Lunatic asylums in Bengal annual reports 1912-1924 - 1912-1924
Year: 1912
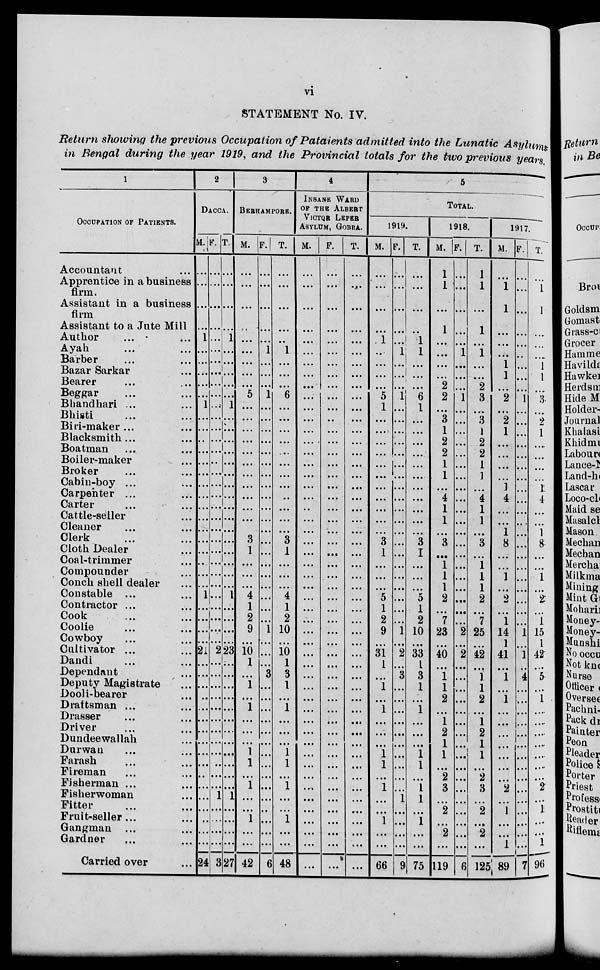
vi
STATEMENT No. IV.
Return showing the previous Occupation of Pataients admitted into the Lunatic Asylums
in Bengal during the year 1919, and the Provincial totals for the two previous years.
1
OCCUPATION OF PATIENTS.
Accountant ...
Apprentice in a business
firm.
Assistant in a business
firm
Assistant to a Jute Mill
Author ... ...
Ayah ... ...
Barber ... ...
Bazar Sarkar ...
Bearer ... ...
Beggar ... ...
Bhandhari ... ...
Bhisti ... ...
Biri-maker ... ...
Blacksmith
...
...
Boatman ... ...
Boiler-maker ...
Broker ... ...
Cabin-boy ... ...
Carpenter ... ...
Carter ... ...
Cattle-seller ...
Cleaner ... ...
Clerk ... ...
Cloth Dealer ...
Coal-trimmer ...
Compounder ...
Conch shell dealer ...
Constable ... ...
Contractor ... ...
Cook ... ...
Coolie ... ...
Cowboy ... ...
Cultivator ... ...
Dandi ... ...
Dependant ...
Deputy Magistrate ...
Dooli-bearer ...
Draftsman ... ...
Drasser ... ...
Driver ... ...
Dundee wallah ...
Durwan ... ...
Farash ... ...
Fireman ... ...
Fisherman ... ...
Fisherwoman ...
Fitter ... ...
Fruit-seller ... ...
Gangman ... ...
Gardner ... ...
Carried over ...
2
DACCA.
M.
...
...
...
...
1
...
...
...
...
...
1
...
...
...
...
...
...
...
...
...
...
...
...
...
...
...
...
1
...
...
...
...
21
...
...
...
...
...
...
...
...
...
...
...
...
...
...
...
...
...
24
F.
...
...
...
...
...
...
...
...
...
...
...
...
...
...
...
...
...
...
...
...
...
...
...
...
...
...
...
...
...
...
...
...
2
...
...
...
...
...
...
...
...
...
...
...
...
1
...
...
...
...
3
T.
...
...
...
...
1
...
...
...
...
...
1
...
...
...
...
...
...
...
...
...
...
...
...
...
...
...
...
1
...
...
...
...
23
...
...
...
...
...
...
...
...
...
...
...
...
1
...
...
...
...
27
3
BERHAMPORE.
M.
...
...
...
...
...
...
...
...
...
5
...
...
...
...
...
...
...
...
...
...
...
...
3
1
...
...
...
4
1
2
9
...
10
1
...
1
...
1
...
...
...
1
1
...
1
...
...
1
...
...
42
F.
...
...
...
...
...
1
...
...
...
1
...
...
...
...
...
...
...
...
...
...
...
...
...
...
...
...
...
...
...
...
1
...
...
...
3
...
...
...
...
...
...
...
...
...
...
...
...
...
...
...
6
T.
...
...
...
...
...
1
...
...
...
6
...
...
...
...
...
...
...
...
...
...
...
...
3
1
...
...
...
4
1
2
10
...
10
1
3
1
...
1
...
...
...
1
1
...
1
...
...
1
...
...
48
4
INSANE WARD
OF THE ALBERT
VICTOR LEPER
ASYLUM, GOBRA.
M.
...
...
...
...
...
...
...
...
...
...
...
...
...
...
...
...
...
...
...
...
...
...
...
...
...
...
...
...
...
...
...
...
...
...
...
...
...
...
...
...
...
...
...
...
...
...
...
...
...
...
...
F.
...
...
...
...
...
...
...
...
...
...
...
...
...
...
...
...
...
...
...
...
...
...
...
...
...
...
...
...
...
...
...
...
...
...
...
...
...
...
...
...
...
...
...
...
...
...
...
...
...
...
...
T.
...
...
...
...
...
...
...
...
...
...
...
...
...
...
...
...
...
...
...
...
...
...
...
...
...
...
...
...
...
...
...
...
...
...
...
...
...
...
...
...
...
...
...
...
...
...
...
...
...
...
...
5
TOTAL.
1919.
M.
...
...
...
...
1
...
...
...
...
5
1
...
...
...
...
...
...
...
...
...
...
...
3
1
...
...
...
5
1
2
9
...
31
1
...
1
...
1
...
...
...
1
1
...
1
...
...
1
...
...
66
F.
...
...
...
...
...
1
...
...
...
1
...
...
...
...
...
...
...
...
...
...
...
...
...
...
...
...
...
...
...
...
1
...
2
...
3
...
...
...
...
...
...
...
...
...
...
1
...
...
...
...
9
T.
...
...
...
...
1
1
...
...
...
6
1
...
...
...
...
...
...
...
...
...
...
...
3
1
...
...
...
5
1
2
10
...
33
1
3
1
...
1
...
...
...
1
1
...
1
1
...
1
...
...
75
1918.
M.
1
1
...
1
...
...
...
...
2
2
...
3
1
2
2
1
1
...
4
1
1
...
3
...
1
1
1
2
...
7
23
...
40
...
1
1
2
...
1
2
1
1
...
2
3
...
2
...
2
...
119
F.
...
...
...
...
...
1
...
...
...
1
...
...
...
...
...
...
...
...
...
...
...
...
...
...
...
...
...
...
...
...
2
...
2
...
...
...
...
...
...
...
...
...
...
...
...
...
...
...
...
...
6
T.
1
1
...
1
...
1
...
...
2
3
...
3
1
2
2
1
1
...
4
1
1
...
3
...
1
1
1
2
...
7
25
...
42
...
1
1
2
...
1
2
1
1
...
2
3
...
2
...
2
...
125
1917.
M.
...
1
1
...
...
...
1
1
...
2
...
2
1
...
...
...
...
1
4
...
...
1
8
...
...
1
...
2
...
1
14
1
41
...
1
...
1
...
...
...
...
...
...
...
2
...
1
...
...
1
89
F.
...
...
...
...
...
...
...
...
...
1
...
...
...
...
...
...
...
...
...
...
...
...
...
...
...
...
...
...
...
...
1
...
1
...
4
...
...
...
...
...
...
...
...
...
...
...
...
...
...
...
7
T.
...
1
1
...
...
...
1
1
...
3
...
2
1
...
...
...
...
1
4
...
...
1
8
...
...
1
...
2
...
1
15
1
42
...
5
...
1
...
...
...
...
...
...
...
2
...
1
...
...
1
96